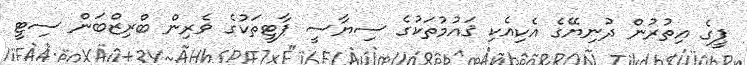
ޕީގެ އިތުރުން ދުނިޔޭގެ އެކިއެކި ޤައުމުތަކުގެ ސިޔާސީ ޕާޓީތަކުގެ ވެރިން ބްރިޒްބަން ސިޓީ